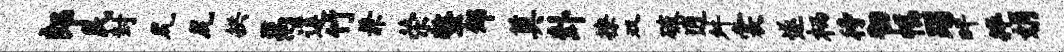
郎民封尻尻拱鬲莲竹兼荣螯郊奠卦撩双破逍舛裳遂栖待韧幅躅畔捧娟